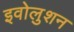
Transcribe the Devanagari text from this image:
इवोलुशन